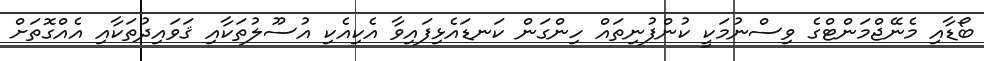
ބޯޑާއި މެނޭޖްމަންޓްގެ ވިސްނުމަކީ ކުންފުނިތައް ހިންގަން ކަނޑައެޅިފައިވާ އެކިއެކި އުސޫލުތަކާއި ޤަވައިދުތަކާއި އެއްގޮތަށް